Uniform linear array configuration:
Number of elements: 48
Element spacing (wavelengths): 0.75
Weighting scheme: kaiser
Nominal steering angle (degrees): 45
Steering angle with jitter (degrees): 44.319
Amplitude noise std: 0.05
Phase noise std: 0.05

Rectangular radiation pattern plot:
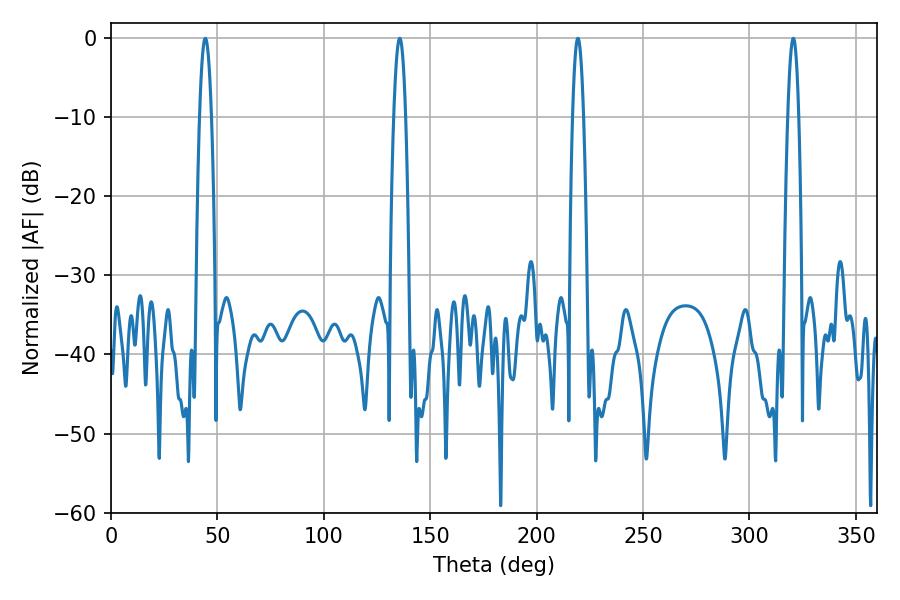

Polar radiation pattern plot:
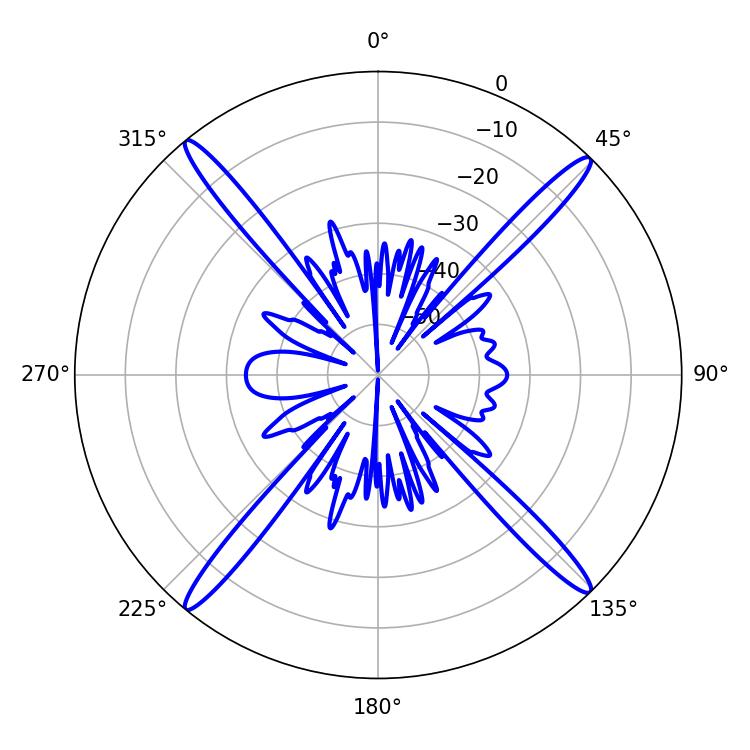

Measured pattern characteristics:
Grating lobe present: TRUE
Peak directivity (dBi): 21.871
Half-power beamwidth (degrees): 2.88
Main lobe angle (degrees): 219.42